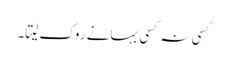
کسی نہ کسی بہانے روک لیتا۔